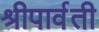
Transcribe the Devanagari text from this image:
श्रीपार्वती